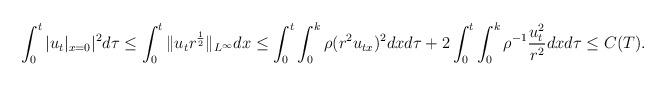
LaTeX: \begin{align*}\int_0^t |u_t|_{x=0}|^2d\tau\leq\int_0^t\|u_tr^{\frac{1}{2}}\|_{L^\infty}dx\leq\int_0^t\int_0^k\rho(r^2u_{tx})^2dxd\tau+2\int_0^t\int_0^k\rho^{-1}\frac{u_t^2}{r^2}dxd\tau\leq C(T).\end{align*}